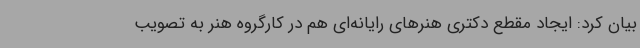
بیان کرد: ایجاد مقطع دکتری هنرهای رایانه‌ای هم در کارگروه هنر به تصویب